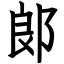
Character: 郞